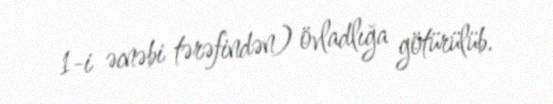
1-i əcnəbi tərəfindən) övladlığa götürülüb.